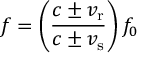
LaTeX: f = \left( { \frac { c \pm v _ { \mathrm { r } } } { c \pm v _ { \mathrm { s } } } } \right) f _ { 0 }